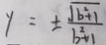
y = \pm \frac { \sqrt { b ^ { 2 } + 1 } } { b ^ { 2 } + 1 }